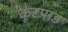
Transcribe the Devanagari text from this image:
कूटपाड